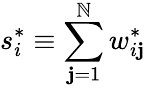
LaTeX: s_{i}^{*}\equiv\sum_{\mathbf{j}=1}^{\mathbb{N}}w_{i\mathbf{j}}^{*}